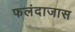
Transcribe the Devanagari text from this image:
फलंदाजास